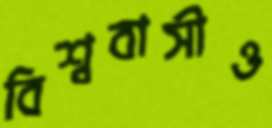
বিশ্ববাসীও